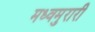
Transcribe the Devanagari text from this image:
मध्वमुरारी